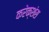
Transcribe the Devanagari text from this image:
करेक्शंस